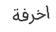
اخرفة